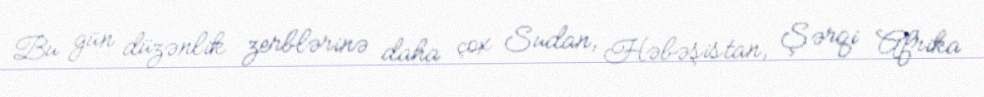
Bu gün düzənlik zerblərinə daha çox Sudan, Həbəşistan, Şərqi Afrika